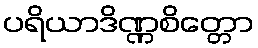
ပရိယာဒိဏ္ဏစိတ္တော